Report on sanitation, dispensaries, and jails in Rajputana for 1920, and on vaccination for the year 1920-1921 - 1920-1921
Year: 1920
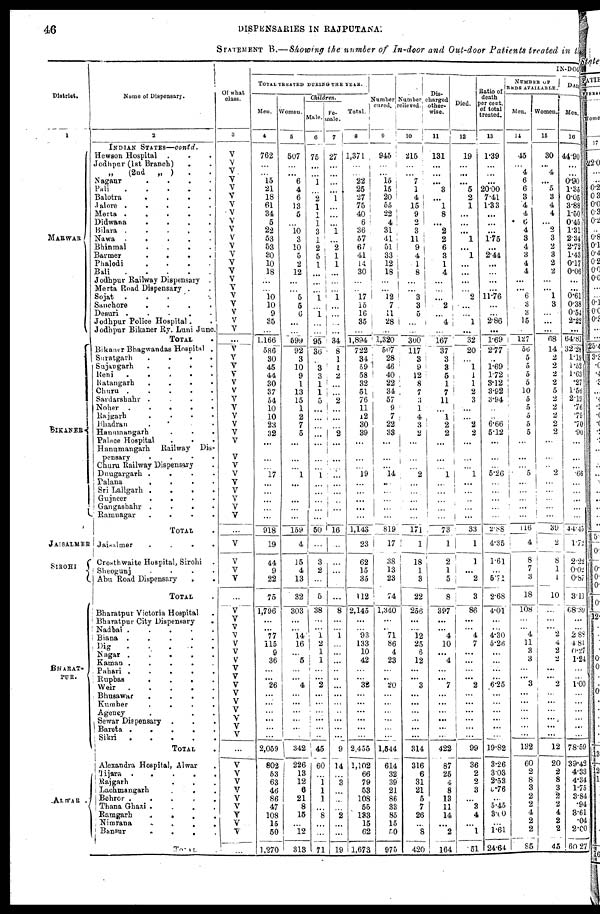
46
DISPENSARIES IN RAJPUTANA.
STATEMENT B.—Showing the number of In-door and Out-door Patients treated in the
District.
1
MARWAR
BIKANER
JAISALMER
SIROHI
BHARAT-
PUR.
ALWAR .
Name of Dispensary.
2
INDIAN STATES—contd.
Hewson Hospital . . .
Jodhpur (1st Branch) . .
„
(2nd „ ) . .
Nagaur
.
.
.
.
Pali
.
.
.
.
Balotra
.
.
.
.
.
Jalore
.
.
.
.
.
Merta
.
.
.
.
.
Didwana
.
.
.
.
.
Bilara . . . .
Nawa
.
.
.
.
Bhinmal . . . .
Barmer
.
.
.
.
.
Phalodi . . . .
Bali
.
.
.
.
.
Jodhpur Railway Dispensary .
Merta Road Dispensary . . .
Sojat . . . . .
Sanchore
.
.
.
.
.
Desuri
.
.
.
.
.
Jodhpur Police Hospital . .
Jodhpur Bikaner Ry. Luni June.
TOTAL .
Bikaner Bhagwandas Hospital .
Suratgarh
.
.
.
Sujangarh
.
.
.
Reni
.
.
.
.
Ratangarh
.
.
.
.
Churu . .
.
.
Sardarshahr . . . .
Noher
.
.
.
.
Rajgarh . . . .
Bhadran . . .
Hanmnangarh
.
.
.
.
.
Palace Hospital . . .
Hanumangarh
Railway Dis-
pensary
.
.
.
.
Churu Railway Dispensary .
Dnugargarh . . . .
Palana . . . .
Sri Lallgarh
.
.
.
.
Gujneer
.
.
.
.
.
Gangashahr
.
.
.
.
Ramnagar
.
.
.
.
TOTAL .
Jaisalmer
.
.
.
.
Crosthwaite Hospital, Sirohi .
Sheogunj . . . .
Abu Road Dispensary . .
TOTAL .
Bharatpur Victoria Hospital .
Bharatpur City Dispensary .
Nadbai
.
.
.
.
.
Biana . . . .
Dig
.
.
.
.
.
Nagar . . . . .
Kaman
.
.
.
.
Pahari
.
.
.
.
Rupbas
.
.
.
.
.
Weir
.
.
.
.
.
Bhusawar
.
.
.
.
Kumher
.
.
.
.
Agency . . . .
Sewar Dispensary . . .
Bareta
.
.
.
.
Sikri
.
.
.
.
.
TOTAL .
Alexandra Hospital, Alwar .
Tijara
.
.
.
.
Rajgarh . . . .
Lachmangarh
.
.
.
Behror
.
.
.
.
Thana Ghazi
.
.
.
.
Ramgarh
.
.
.
.
Nimrana . . . .
Bansur
.
.
.
.
TOTAL .
Of what
class.
3
V
V
V
V
V
V
V
V
V
V
V
V
V
V
V
V
V
V
V
V
V
V
...
V
V
V
V
V
V
V
V
V
V
V
V
V
V
V
V
V
V
V
V
...
V
V
V
V
...
V
V
V
V
V
V
V
V
V
V
V
V
V
V
V
V
...
V
V
V
V
V
V
V
V
V
...
IN-DOO
TOTAL TREATED DURING THE YEAR.
Men.
4
762
...
...
15
21
18
61
34
5
22
53
53
30 10
18
...
...
10
10
9
35
...
1,166
586
30
45
44
30
37
54
10
10
23
32
...
...
...
17
...
...
...
...
...
918
19
44
9
22
75
1,796
...
... 77
115
9
36
...
...
26
...
...
...
...
...
...
2,059
802
53
63
46
86
47
108
15
50
1,270
Women.
5
507
...
...
6
4
6
13
5
...
10
3
10
5
2
12
...
...
5
5
6
...
...
599
92
3
10
9
1
13
15
1
2
7
5
...
...
...
1
...
...
...
...
...
159
4
15
4
13
32
303
...
... 14
16
...
5
...
...
4
...
...
...
...
...
...
342
226
13
12
6
21
8
15
...
12
313
Children.
Male.
6
75
...
...
1
...
2
1
1
1
3
1
2
5
1
...
...
...
1
...
1
...
...
95
36
...
3
3
1
1
5
...
...
...
...
...
...
...
1
...
...
...
...
...
50
...
3
2
...
5
38
...
... 1
2
1
1
...
...
2
...
...
...
...
...
...
45
60
...
1
1
1
...
8
...
...
71
Fe-
male.
7
27
...
...
...
...
1
...
...
...
1
...
2
1
1
...
...
...
1
...
...
...
...
34
8
1
1
2
...
...
2
...
...
...
2
...
...
...
...
...
...
...
...
...
16
...
...
...
...
...
8
...
... 1
...
...
...
..
...
...
...
...
...
...
...
...
9
14
...
3
...
...
...
2
...
...
19
Total.
8
1,371
...
...
22
25
27
75
40
6
36
57
67
41
14
30
...
...
17
15
16
35
...
1,894
722
34
59
58
32
51
76
11
12
30
39
...
...
...
19
...
...
...
...
...
1,143
23
62
15
35
112
2,145
...
... 93
133
10
42
...
...
32
...
...
...
...
...
...
2,455
1,102
66
79
53
108
55
133
15
62
1,673
Number
cured.
9
945
...
...
15
15
20
55
22
4
31
41
51
33
12
18
...
...
12
7
11
28
...
1,320
507
28
46
40
22
34
57
9
7
22
33
...
...
...
14
...
...
...
...
...
819
17
38
13
23
74
1,340
...
... 71
86
4
23
...
..
20
...
...
...
...
...
...
1,544
614
32
39
21
86
33
85
15
50
975
Number
relieved.
10
215
...
...
7
1
4
15
9
2
3
11
9
4
1
8
...
...
3
3
5
...
...
300
117
3
9
12
8
7
3
1
4
3
2
...
...
...
2
...
...
...
...
...
171
1
18
1
3
22
256
...
... 12
25
6
12
...
...
3
...
...
...
...
...
...
314
316
6
31
21
5
7
26
...
8
420
Dis-
charged
other-
wise.
11
131
...
...
...
3
...
1
8
...
2
2
6
3
1
4
...
...
...
2
...
4
...
167
37
3
3
5
1
7
11
...
1
2
2
...
...
...
1
...
...
...
...
...
73
1
2
1
5
8
397
...
... 4
10
...
4
...
...
7
...
...
...
...
...
...
422
87
25
4
8
13
11
14
...
2
164
Died.
12
19
...
...
...
5
2
1
...
...
...
1
...
1
...
...
...
...
2
...
...
1
...
32
20
...
1
1
1
2
3
...
...
2
2
...
...
...
1
...
...
...
...
...
33
1
1
...
2
3
86
...
... 4
7
...
...
...
...
2
...
...
...
...
...
...
99
36
2
2
3
...
3
4
...
1
51
Ratio of
death
per cent.
of total
treated.
13
1.39
...
...
...
20.00
7.41
1.33
...
...
...
1.75
...
2.44
...
...
...
...
11.76
...
...
2.86
...
1.69
2.77
...
1.69
1.72
3.12
3.92
3.94
...
...
6.66
5.12
...
...
...
5.26
...
...
...
...
...
2.88
4.35
1.61
...
5.71
2.68
4.01
...
...
4.30
5.26
...
...
...
...
6.25
...
...
...
...
...
...
19.82
3.26
3.03
2.53
5.76
...
5.45
3.00
...
1.61
24.64
NUMBER OF
BEDS AVAILABLE.
Men.
14
45
...
4
6
6
3
4
4
6
4
3
4
3
4
4
...
...
6
3
3
15
...
127
56
5
5
5
5
10
5
5
5
5
5
...
...
...
5
...
...
...
...
...
116
4
8
7
3
18
108
...
... 4
11
3
3
...
...
3
...
...
...
...
...
...
132
60
2
8
3
2
2
4
2
2
85
Women.
15
30
...
4
...
5
3
4
4
...
2
3
2
3
2
2
...
...
1
3
...
...
...
68
14
2
2
2
2
5
2
2
2
2
2
...
...
...
2
...
...
...
...
...
39
2
8
1
1
10
...
...
... 2
4
2
2
...
...
2
...
...
...
...
...
...
12
20
2
8
3
2
2
4
2
2
45
DAIL
Men.
16
44.90
...
...
0.90
1.35
0.05
3.88
1.50
0.45
1.31
2.34
2.72
1.43
0.17
0.06
...
...
0.61
0.38
0.54
2.22
...
64.81
32.28
1.19
1.52
1.63
.27
1.56
2.19
.76
.79
.70
.90
...
...
...
.66
...
...
...
...
...
44.45
1.72
2.22
0.02
0.87
3.11
68.39
...
...
2.88
4.81
0.27
1.24
...
...
1.00
...
...
...
...
...
...
78.59
39.42
4.33
4.34
1.75
3.84
.94
3.61
.04
2.00
60.27